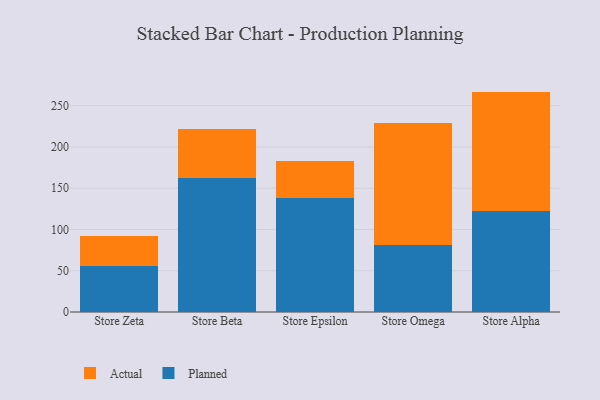
{"axis": {"x": "Store", "y": "Operating Costs (USD K)"}, "legend": ["Actual", "Planned"], "data": [{"x": "Store Zeta", "y": 56.2, "type": "Planned"}, {"x": "Store Zeta", "y": 36.1, "type": "Actual"}, {"x": "Store Beta", "y": 162.6, "type": "Planned"}, {"x": "Store Beta", "y": 59.5, "type": "Actual"}, {"x": "Store Epsilon", "y": 137.7, "type": "Planned"}, {"x": "Store Epsilon", "y": 44.7, "type": "Actual"}, {"x": "Store Omega", "y": 80.9, "type": "Planned"}, {"x": "Store Omega", "y": 147.8, "type": "Actual"}, {"x": "Store Alpha", "y": 122.8, "type": "Planned"}, {"x": "Store Alpha", "y": 144.2, "type": "Actual"}]}